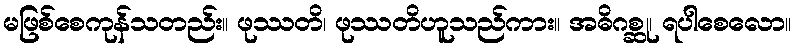
မဖြစ်စေကုန်သတည်း။ ဖုဿတိ၊ ဖုဿတိဟူသည်ကား။ အဓိဂစ္ဆု၊ ရပါစေလော။